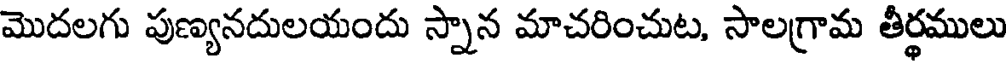
మొదలగు పుణ్యనదులయందు స్నాన మాచరించుట, సాలగ్రామ తీర్థములు